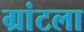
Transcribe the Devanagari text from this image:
ग्रांटला